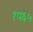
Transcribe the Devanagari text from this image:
१प६५